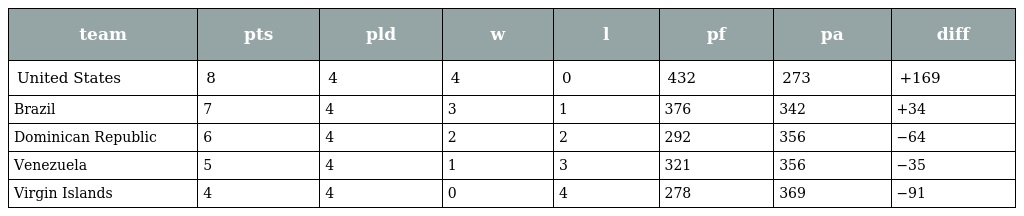
| team | pts | pld | w | l | pf | pa | diff |
 | --- | --- | --- | --- | --- | --- | --- | --- |
 | United States | 8 | 4 | 4 | 0 | 432 | 273 | +169 |
 | Brazil | 7 | 4 | 3 | 1 | 376 | 342 | +34 |
 | Dominican Republic | 6 | 4 | 2 | 2 | 292 | 356 | −64 |
 | Venezuela | 5 | 4 | 1 | 3 | 321 | 356 | −35 |
 | Virgin Islands | 4 | 4 | 0 | 4 | 278 | 369 | −91 |